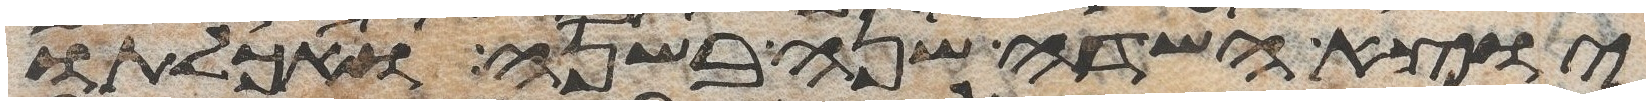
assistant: יוצא השדה שנה בשנה ואכלתו